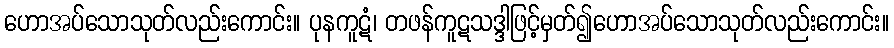
ဟောအပ်သောသုတ်လည်းကောင်း။ ပုနကူဋံ၊ တဖန်ကူဋသဒ္ဒါဖြင့်မှတ်၍ဟောအပ်သောသုတ်လည်းကောင်း။